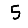
Digit: 5